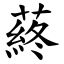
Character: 蔠